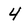
Character: 4